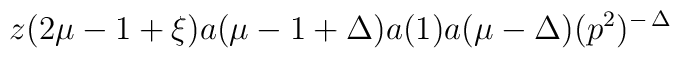
z(2\mu-1+\xi) a(\mu-1+\Delta) a(1) a(\mu-\Delta) (p^2)^{- \, \Delta}